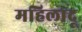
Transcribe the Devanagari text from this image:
महिलादू